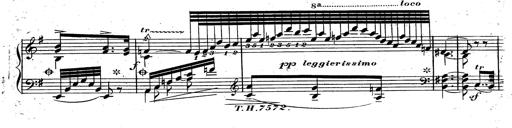
Title: Rondeau fantastique sur un thÃ¨me espagnol
Composer: Franz Liszt